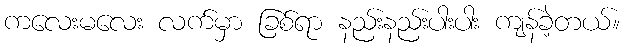
ကလေးမလေး လက်မှာ ခြစ်ရာ နည်းနည်းပါးပါး ကျန်ခဲ့တယ်။